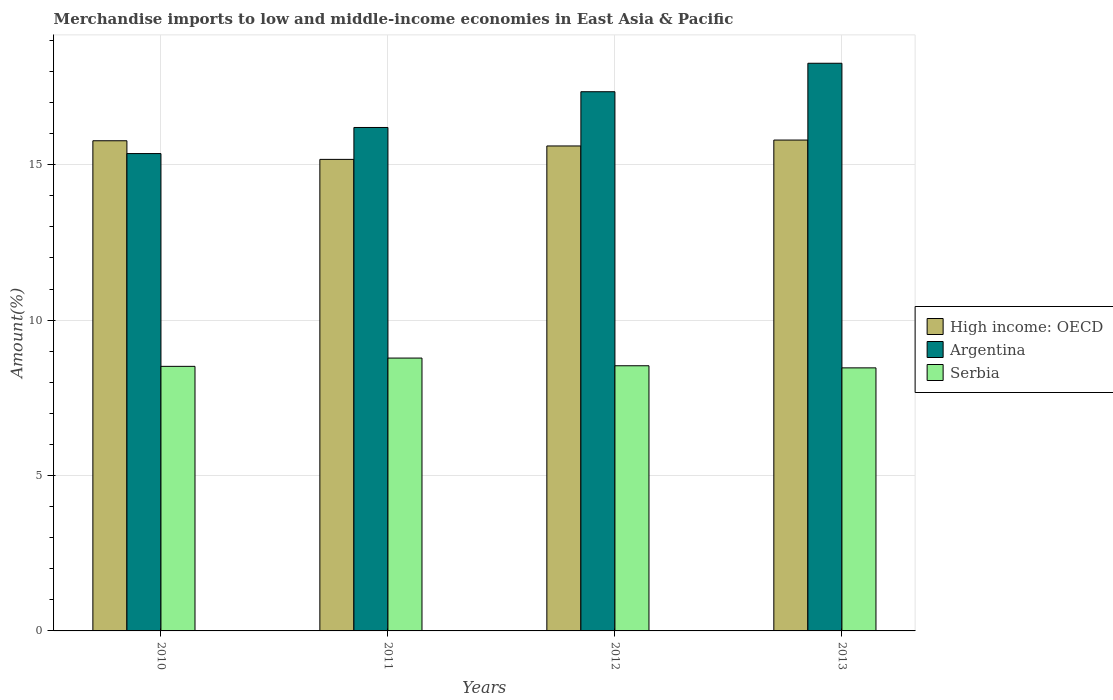
| Years | High income: OECD | Argentina | Serbia |
 | --- | --- | --- | --- |
 | 2010 | 15.8 | 15.4 | 8.51 |
 | 2011 | 15.2 | 16.2 | 8.78 |
 | 2012 | 15.6 | 17.3 | 8.53 |
 | 2013 | 15.8 | 18.3 | 8.46 |